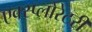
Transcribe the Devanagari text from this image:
एक्स्प्लोरेटरी